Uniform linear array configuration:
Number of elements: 8
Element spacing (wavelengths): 0.75
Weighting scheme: uniform
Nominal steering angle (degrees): -15
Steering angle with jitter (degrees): -16.809
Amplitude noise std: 0.05
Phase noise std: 0.05

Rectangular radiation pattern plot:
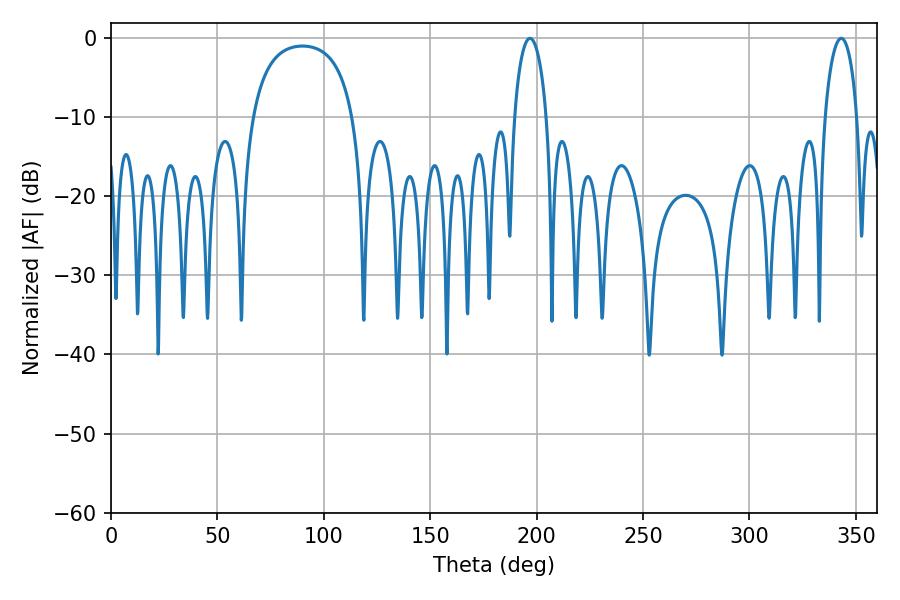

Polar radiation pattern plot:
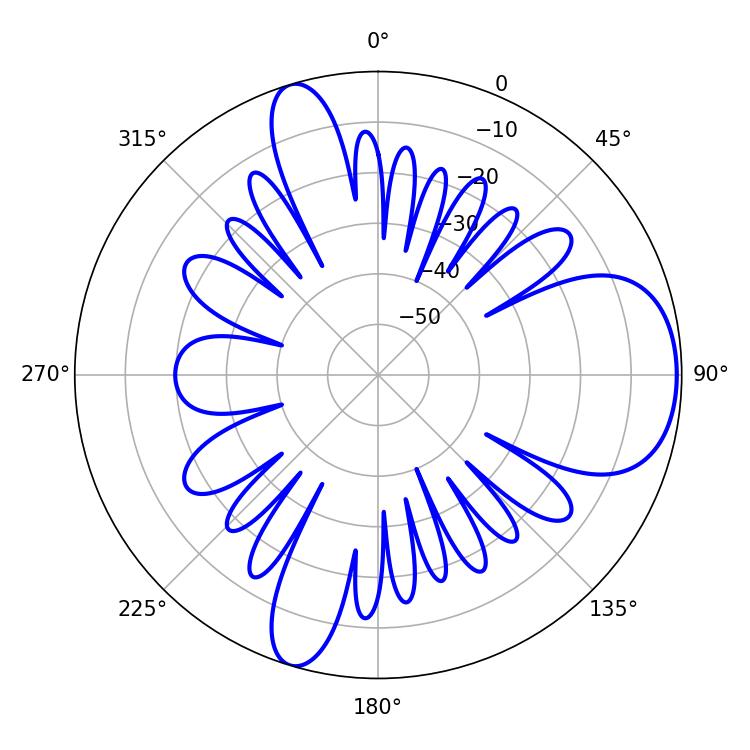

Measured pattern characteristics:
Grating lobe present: TRUE
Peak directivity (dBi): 7.644
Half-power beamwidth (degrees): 8.64
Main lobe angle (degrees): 343.08